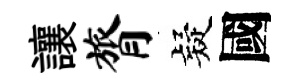
讓膂疑國